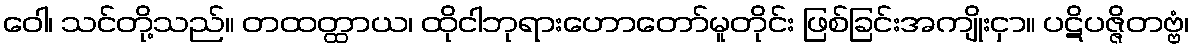
ဝေါ၊ သင်တို့သည်။ တထတ္ထာယ၊ ထိုငါဘုရားဟောတော်မူတိုင်း ဖြစ်ခြင်းအကျိုးငှာ။ ပဋိပဇ္ဇိတဗ္ဗံ၊